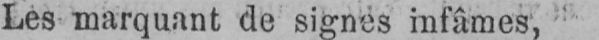
Les marquant de signes infâmes,